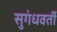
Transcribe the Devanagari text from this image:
सुगंधवर्ती